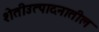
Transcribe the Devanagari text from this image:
शेतीउत्पादनातील